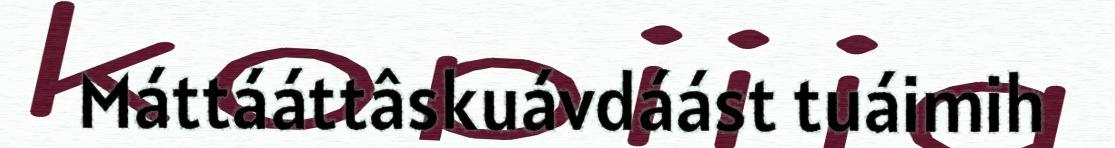
Máttááttâskuávdáást tuáimih